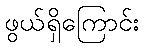
ဖွယ်ရှိကြောင်း